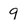
Character: 9